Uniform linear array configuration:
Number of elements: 24
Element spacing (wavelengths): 1
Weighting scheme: blackman
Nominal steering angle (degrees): -30
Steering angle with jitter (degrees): -28.503
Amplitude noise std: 0.05
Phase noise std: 0.05

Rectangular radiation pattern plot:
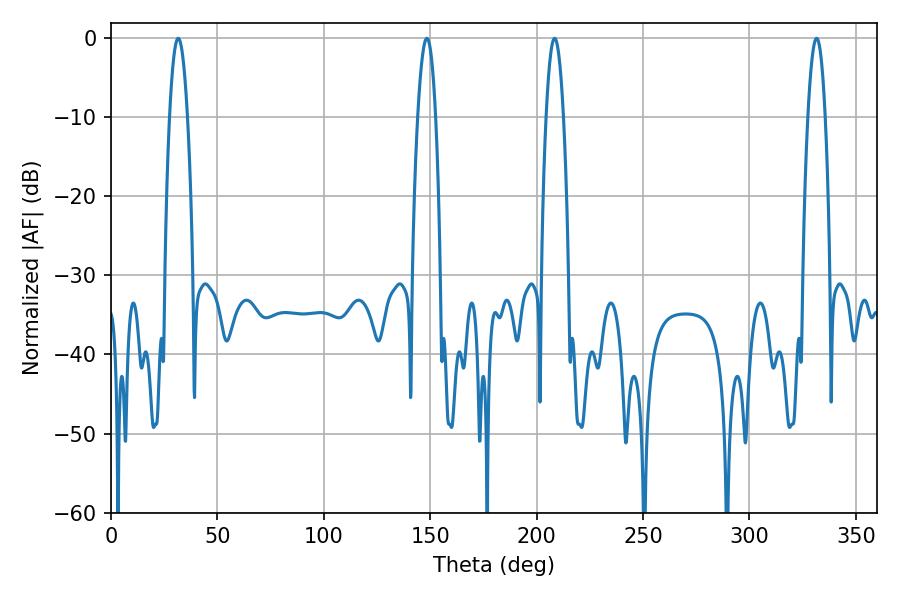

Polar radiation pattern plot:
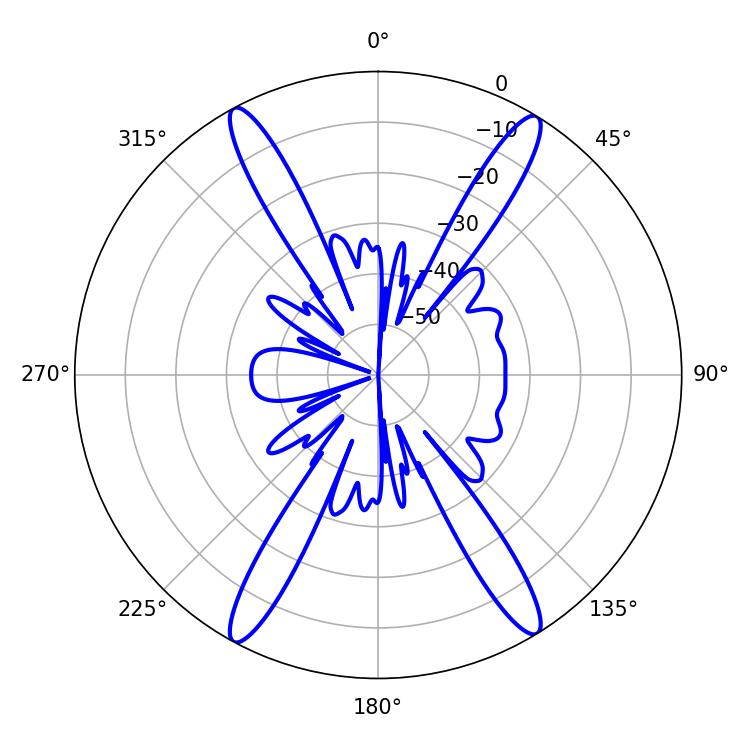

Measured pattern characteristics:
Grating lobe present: TRUE
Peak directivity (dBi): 22.484
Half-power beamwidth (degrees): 4.32
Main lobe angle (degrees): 331.56